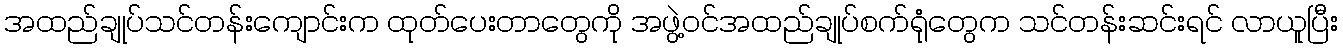
အထည်ချုပ်သင်တန်းကျောင်းက ထုတ်ပေးတာတွေကို အဖွဲ့ဝင်အထည်ချုပ်စက်ရုံတွေက သင်တန်းဆင်းရင် လာယူပြီး